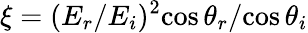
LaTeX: \xi={(E_{r}/E_{i})^{2}}{\cos\theta_{r}}/{\cos\theta_{i}}